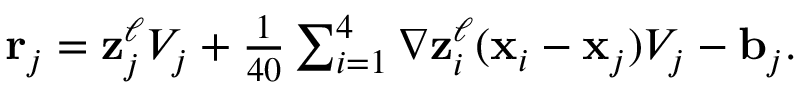
\begin{array} { r } { { \bf r } _ { j } = { \bf z } _ { j } ^ { \ell } V _ { j } + \frac { 1 } { 4 0 } \sum _ { i = 1 } ^ { 4 } \nabla { \bf z } _ { i } ^ { \ell } ( { \bf x } _ { i } - { \bf x } _ { j } ) V _ { j } - { \bf b } _ { j } . } \end{array}